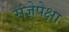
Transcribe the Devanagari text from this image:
संज्ञेपेक्षा